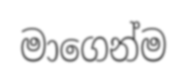
මාගෙන්ම